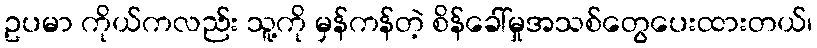
ဥပမာ ကိုယ်ကလည်း သူ့ကို မှန်ကန်တဲ့ စိန်ခေါ်မှုအသစ်တွေပေးထားတယ်၊